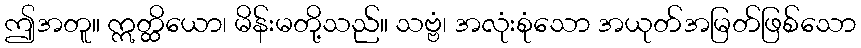
ဤအတူ။ ဣတ္ထိယော၊ မိန်းမတို့သည်။ သဗ္ဗံ၊ အလုံးစုံသော အယုတ်အမြတ်ဖြစ်သော